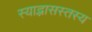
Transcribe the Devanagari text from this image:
स्याद्भासस्तस्य